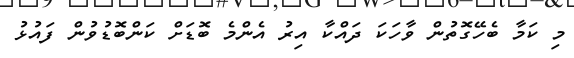
މި ކަމާ ބެހޭގޮތުން ވާހަކަ ދައްކާ އިރު އެންމެ ބޮޑަށް ކަންބޮޑުވުން ފައުޅު